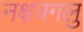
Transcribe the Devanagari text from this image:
नक्षत्रगलु